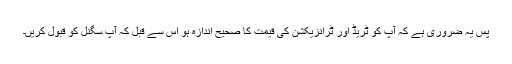
پس یہ ضروری ہے کہ آپ کو ٹریڈ اور ٹرانزیکشن کی قیمت کا صحیح اندازہ ہو اس سے قبل کہ آپ سگنل کو قبول کریں۔